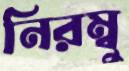
নিরম্বু